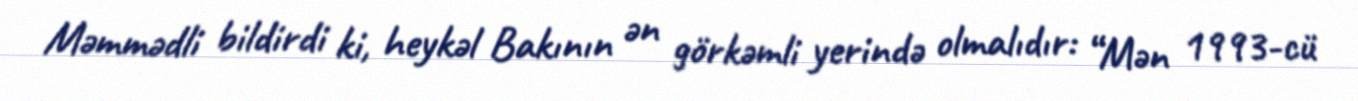
Məmmədli bildirdi ki, heykəl Bakının ən görkəmli yerində olmalıdır: “Mən 1993-cü